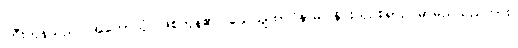
ကြီးကုန်သည်။ အဟောသုံ၊ ဖြစ်ကုန်၏။ သေယျထာပိနာမ၊ နိုင်းယှဉ်စရာဥပမာမည်သည်ကား။